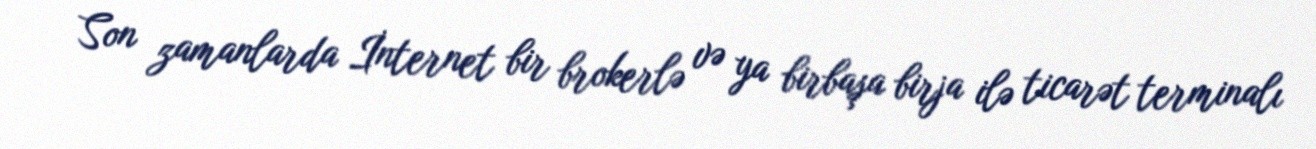
Son zamanlarda İnternet bir brokerlə və ya birbaşa birja ilə ticarət terminalı